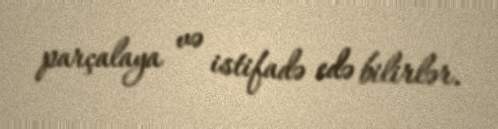
parçalaya və istifadə edə bilirlər.